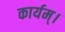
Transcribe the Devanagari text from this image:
कार्यम्।